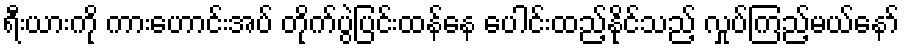
ရီးယားကို ကားဟောင်းအပ် တိုက်ပွဲပြင်းထန်နေ ပေါင်းထည့်နိုင်သည့် လှုပ်ကြည့်မယ်နော်